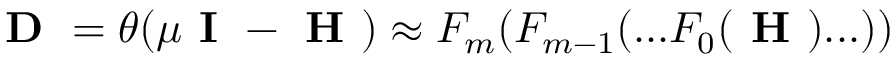
\boldsymbol { \textbf { D } } = \theta ( \mu \textbf { I } - { \boldsymbol { \textbf { H } } } ) \approx F _ { m } ( F _ { m - 1 } ( . . . F _ { 0 } ( \boldsymbol { \textbf { H } } ) . . . ) )